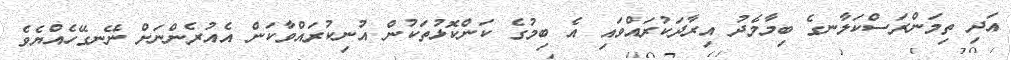
އަދި ތިމަންރަސްކަލާނގެ ބިމާމެދު އިރާދަކުރައްވައި އެ ބިމުގެ ކަންކޮޅުތަކުން އުނިކުރައްވާކަން އެއުރެންނަށް ނޭނގޭހެއްޔެވެ